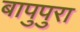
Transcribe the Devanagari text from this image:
बापुपुरा